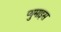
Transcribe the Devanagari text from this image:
प्युमाइस